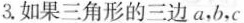
3.如果三角形的三边a，b，c